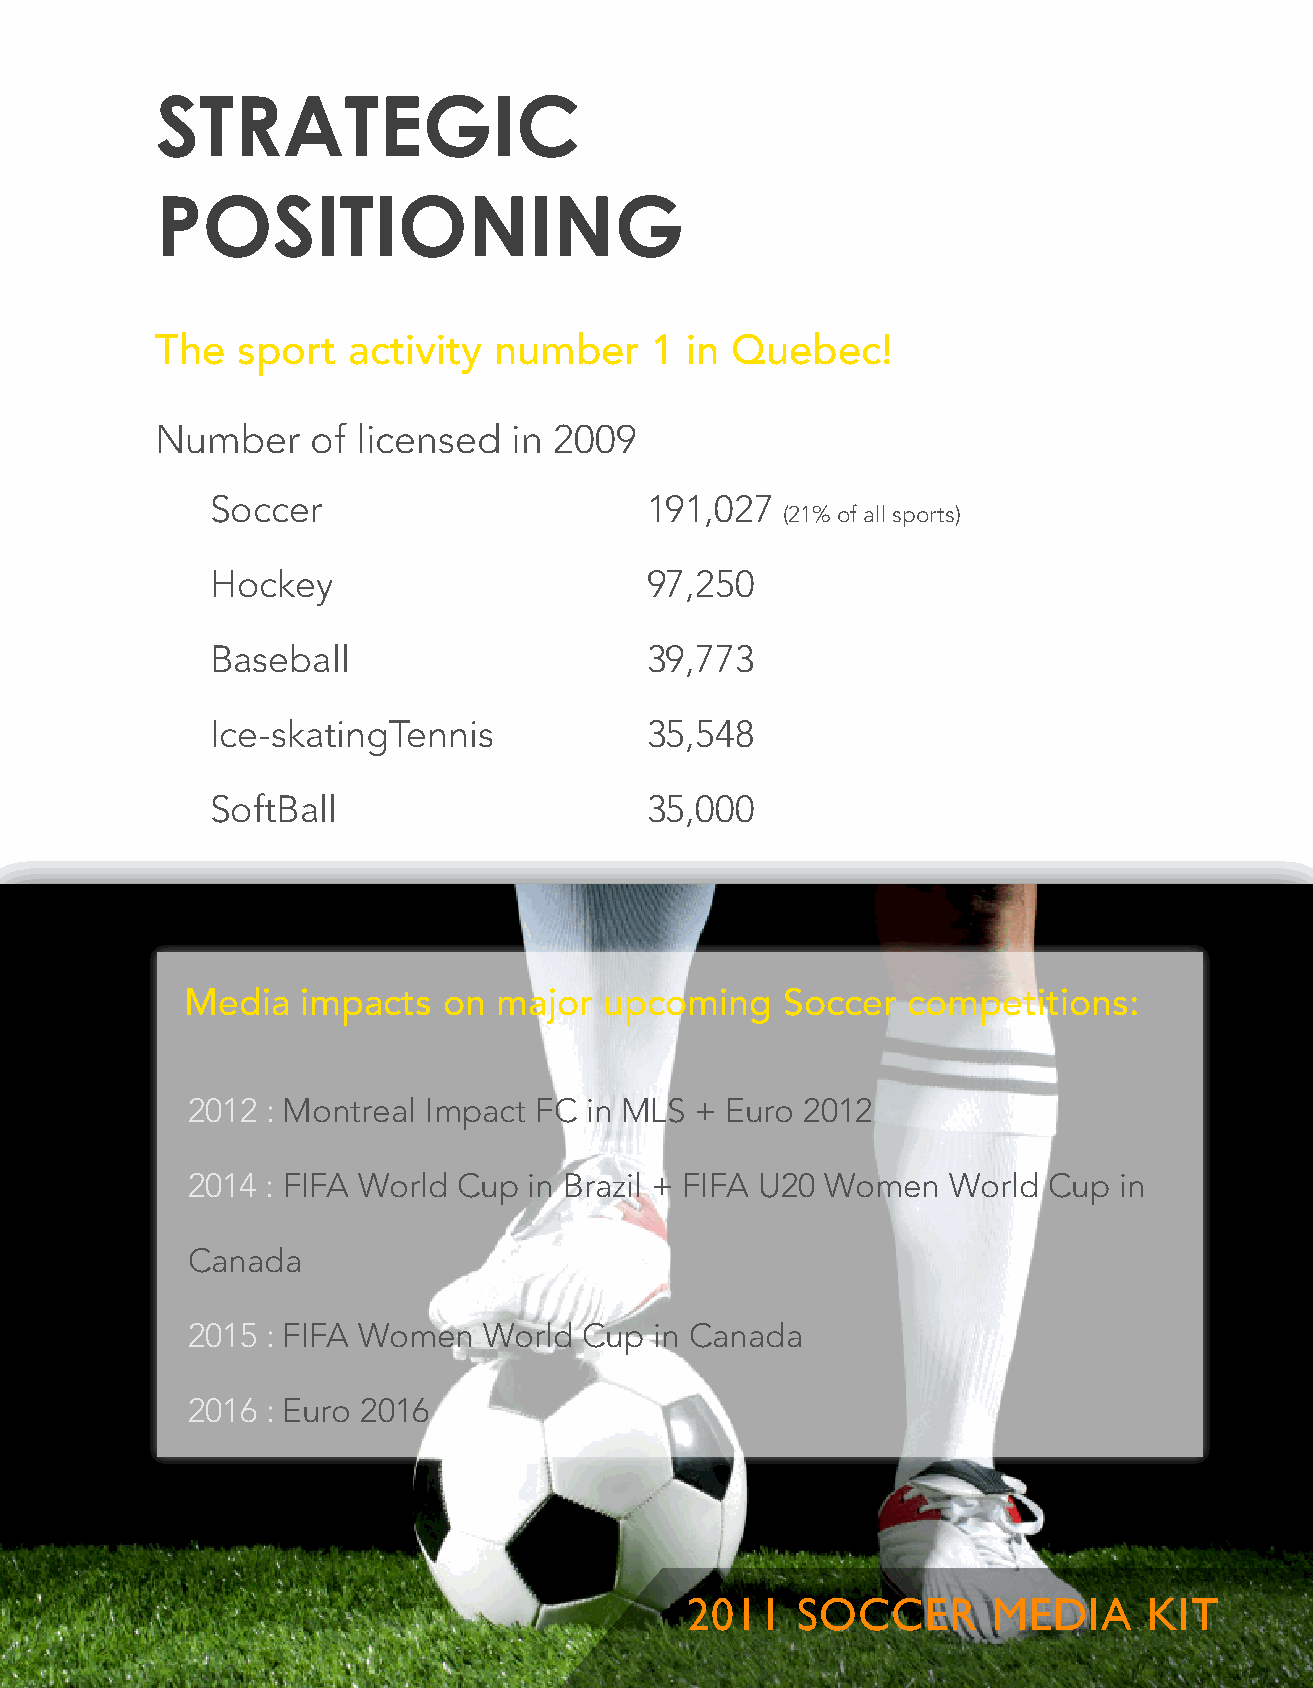
STRATEGIC
 POSITIONING
 The   sport  activity  number    1 in Quebec!
 Number     of licensed  in 2009
 Soccer                       191,027
 (21% of all sports)
 Hockey                       97,250
 Baseball                     39,773
 Ice-skatingTennis            35,548
 SoftBall                     35,000
 Media   impacts  on  major  upcoming    Soccer  competitions:
 2012  : Montreal Impact FC in MLS + Euro 2012
 2014  : FIFA World Cup in Brazil + FIFA U20 Women  World Cup  in
 Canada
 2015  : FIFA Women  World  Cup in Canada
 2016  : Euro 2016
 2011    SOCCER       MEDIA     KIT